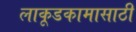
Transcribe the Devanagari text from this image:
लाकूडकामासाठी